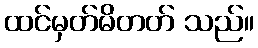
ထင်မှတ်မိတတ် သည်။